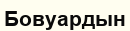
Бовуардын